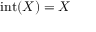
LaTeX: \operatorname { i n t } ( X ) = X